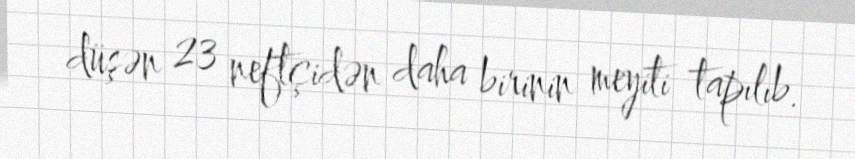
düşən 23 neftçidən daha birinin meyiti tapılıb.